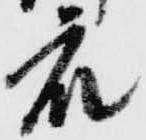
衆